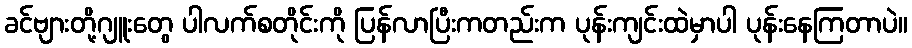
ခင်ဗျားတို့ဂျူးတွေ ပါလက်စတိုင်းကို ပြန်လာပြီးကတည်းက ပုန်းကျင်းထဲမှာပါ ပုန်းနေကြတာပဲ။